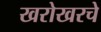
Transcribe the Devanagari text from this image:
खरोखरचे